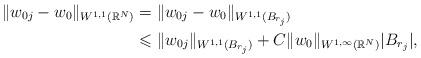
LaTeX: \begin{align*} \Vert w_{0j}-w_{0} \Vert_{W^{1,1}(\mathbb{R}^{N})}&=\Vert w_{0j}-w_{0} \Vert_{W^{1,1}(B_{r_{j}})}\\ &\leqslant \Vert w_{0j} \Vert_{W^{1,1}(B_{r_{j}})}+C\Vert w_{0} \Vert_{W^{1,\infty}(\mathbb{R}^{N})}\vert B_{r_{j}}\vert, \end{align*}